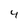
Character: 4